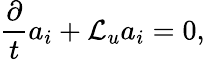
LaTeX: \frac{\partial}{t}a_{i}+\mathcal{L}_{u}a_{i}=0,